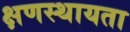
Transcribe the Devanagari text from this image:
क्षणस्थायता